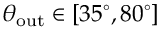
\theta _ { \mathrm { o u t } } \in [ 3 5 ^ { \circ } , 8 0 ^ { \circ } ]